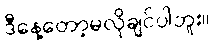
ဒီနေ့တော့မလိုချင်ပါဘူး။